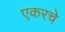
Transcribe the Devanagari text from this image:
एकरचे